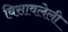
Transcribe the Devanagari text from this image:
विसावलेली